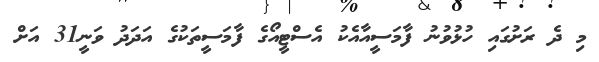
މި ދެ ރަށުގައި ހުޅުވުނު ފާމަސީއާއެކު އެސްޓީއޯގެ ފާމަސީތަކުގެ އަދަދު ވަނީ31 އަށް